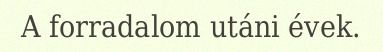
A forradalom utáni évek.